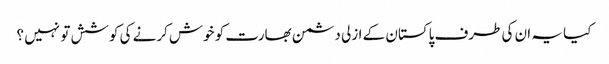
کیا یہ ان کی طرف پاکستان کے ازلی دشمن بھارت کو خوش کرنے کی کوشش تو نہیں ؟